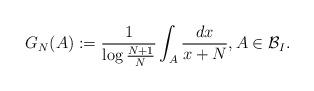
LaTeX: \begin{align*}G_N (A) :=\frac{1}{\log \frac{N+1}{N}} \int_{A} \frac{dx}{x+N},A \in {\mathcal{B}}_I. \end{align*}